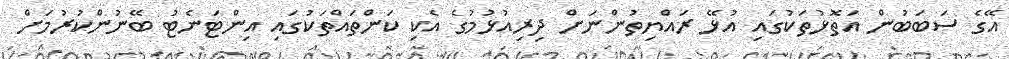
އޭގެ ސަބަބުން އަތޮޅުތަކުގައި އުޅޭ ރައްޔިތުންނަށް ދިރިއުޅުމުގެ އެކި ކަންތަައްތަކުގައި އިންޓަނެޓު ބޭނުންކުރުމަށް